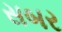
સબર